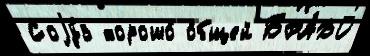
Соjу́з хорошо́ о́бщей БРА́ВО